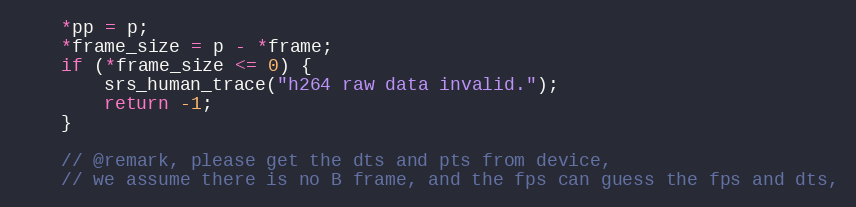
Language: C
    *pp = p;
    *frame_size = p - *frame;
    if (*frame_size <= 0) {
        srs_human_trace("h264 raw data invalid.");
        return -1;
    }

    // @remark, please get the dts and pts from device,
    // we assume there is no B frame, and the fps can guess the fps and dts,